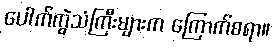
ပေါက်ကွဲသံကြီးများက ကြောက်စရာ။